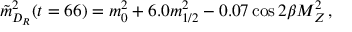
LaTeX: \tilde { m } _ { D _ { R } } ^ { 2 } ( t = 6 6 ) = m _ { 0 } ^ { 2 } + 6 . 0 m _ { 1 / 2 } ^ { 2 } - 0 . 0 7 \cos { 2 \beta } M _ { Z } ^ { 2 } \, ,